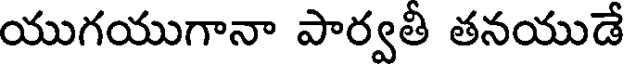
యుగయుగానా పార్వతీ తనయుడే